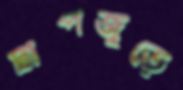
দ্বীপজুড়ে